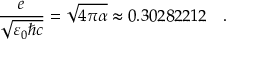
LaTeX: { \frac { e } { \sqrt { \varepsilon _ { 0 } \hbar c } } } = { \sqrt { 4 \pi \alpha } } \approx 0 . 3 0 2 8 2 2 1 2 \ ~ ~ .